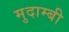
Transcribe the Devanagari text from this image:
मुदाम्बी